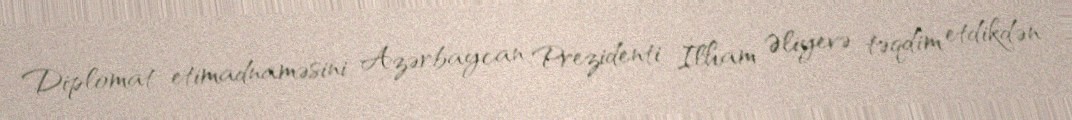
Diplomat etimadnaməsini Azərbaycan Prezidenti İlham Əliyevə təqdim etdikdən